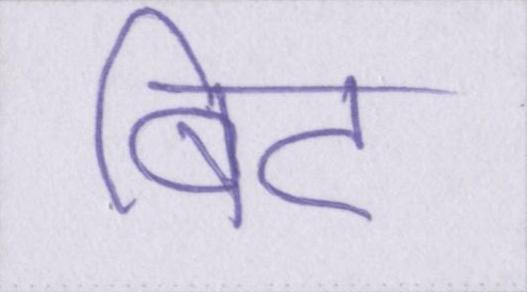
बिट